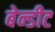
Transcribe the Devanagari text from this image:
बेन्डीट